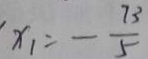
x _ { 1 } = - \frac { 7 3 } { 5 }